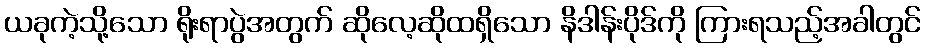
ယခုကဲ့သို့သော ရိုးရာပွဲအတွက် ဆိုလေ့ဆိုထရှိသော နိဒါန်းပိုဒ်ကို ကြားရသည့်အခါတွင်